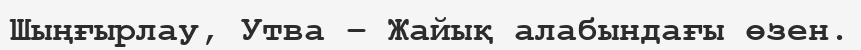
Шыңғырлау, Утва – Жайық алабындағы өзен.